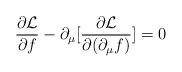
LaTeX: \begin{align*}\frac{\partial {\cal L}}{\partial f}- \partial_{\mu} [\frac{\partial {\cal L}}{\partial (\partial_\mu f)}] = 0\end{align*}